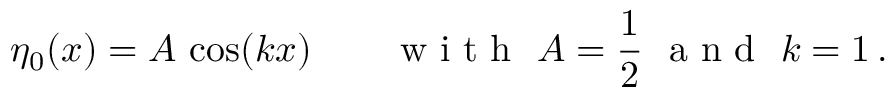
\eta _ { 0 } ( x ) = A \, \cos ( k x ) \qquad \mathrm { ~ w ~ i ~ t ~ h ~ } \ A = \frac { 1 } { 2 } \ \mathrm { ~ a ~ n ~ d ~ } \ k = 1 \, .